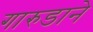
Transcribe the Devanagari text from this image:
गारुडाने